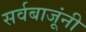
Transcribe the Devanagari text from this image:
सर्वबाजूंनी